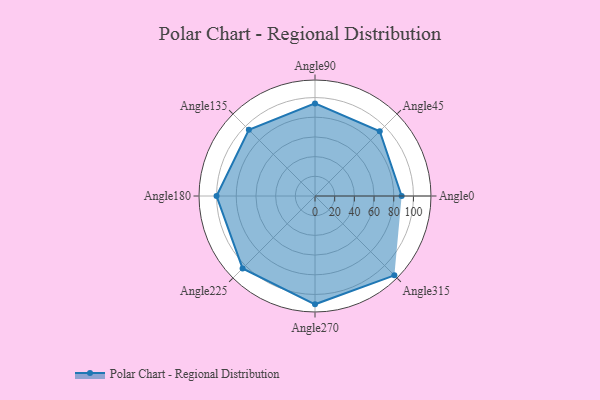
{"axis": {"x": "Angle", "y": "Radius"}, "legend": [""], "data": [{"x": "Angle0", "y": 88.0, "type": ""}, {"x": "Angle45", "y": 93.0, "type": ""}, {"x": "Angle90", "y": 94.0, "type": ""}, {"x": "Angle135", "y": 95.0, "type": ""}, {"x": "Angle180", "y": 100.0, "type": ""}, {"x": "Angle225", "y": 104.0, "type": ""}, {"x": "Angle270", "y": 110.0, "type": ""}, {"x": "Angle315", "y": 114.0, "type": ""}]}